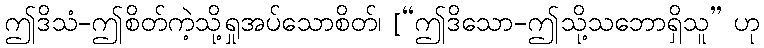
ဤဒိသံ-ဤစိတ်ကဲ့သို့ရှုအပ်သောစိတ်၊ [“ဤဒိသော-ဤသို့သဘောရှိသူ” ဟု